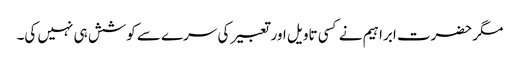
مگر حضرت ابراہیم نے کسی تاویل اور تعبیر کی سرے سے کوشش ہی نہیں کی۔